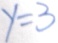
y = 3